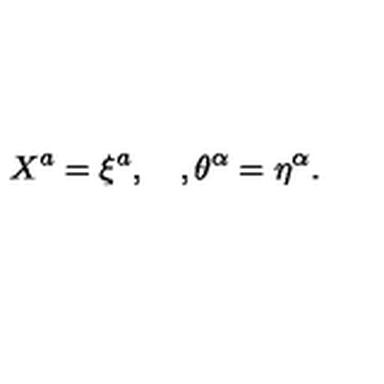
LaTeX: X ^ { a } = \xi ^ { a } , \quad , \theta ^ { \alpha } = \eta ^ { \alpha } .